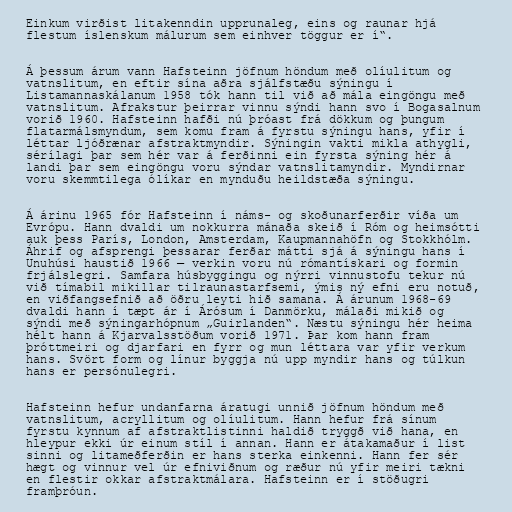
Einkum virðist litakenndin upprunaleg, eins og raunar hjá
flestum íslenskum málurum sem einhver töggur er í“.

Á þessum árum vann Hafsteinn jöfnum höndum með olíulitum og
vatnslitum, en eftir sína aðra sjálfstæðu sýningu í
Listamannaskálanum 1958 tók hann til við að mála eingöngu með
vatnslitum. Afrakstur þeirrar vinnu sýndi hann svo í Bogasalnum
vorið 1960. Hafsteinn hafði nú þróast frá dökkum og þungum
flatarmálsmyndum, sem komu fram á fyrstu sýningu hans, yfir í
léttar ljóðrænar afstraktmyndir. Sýningin vakti mikla athygli,
sérílagi þar sem hér var á ferðinni ein fyrsta sýning hér á
landi þar sem eingöngu voru sýndar vatnslitamyndir. Myndirnar
voru skemmtilega ólíkar en mynduðu heildstæða sýningu.

Á árinu 1965 fór Hafsteinn í náms- og skoðunarferðir víða um
Evrópu. Hann dvaldi um nokkurra mánaða skeið í Róm og heimsótti
auk þess París, London, Amsterdam, Kaupmannahöfn og Stokkhólm.
Áhrif og afsprengi þessarar ferðar mátti sjá á sýningu hans í
Unuhúsi haustið 1966 — verkin voru nú rómantískari og formin
frjálslegri. Samfara húsbyggingu og nýrri vinnustofu tekur nú
við tímabil mikillar tilraunastarfsemi, ýmis ný efni eru notuð,
en viðfangsefnið að öðru leyti hið samana. Á árunum 1968-69
dvaldi hann í tæpt ár í Árósum í Danmörku, málaði mikið og
sýndi með sýningarhópnum „Guirlanden“. Næstu sýningu hér heima
hélt hann á Kjarvalsstöðum vorið 1971. Þar kom hann fram
þróttmeiri og djarfari en fyrr og mun léttara var yfir verkum
hans. Svört form og línur byggja nú upp myndir hans og túlkun
hans er persónulegri.

Hafsteinn hefur undanfarna áratugi unnið jöfnum höndum með
vatnslitum, acryllitum og olíulitum. Hann hefur frá sínum
fyrstu kynnum af afstraktlistinni haldið tryggð við hana, en
hleypur ekki úr einum stíl í annan. Hann er átakamaður í list
sinni og litameðferðin er hans sterka einkenni. Hann fer sér
hægt og vinnur vel úr efniviðnum og ræður nú yfir meiri tækni
en flestir okkar afstraktmálara. Hafsteinn er í stöðugri
framþróun.